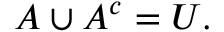
A \cup A ^ { c } = U .